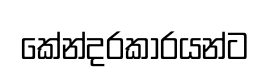
කේන්දරකාරයන්ට